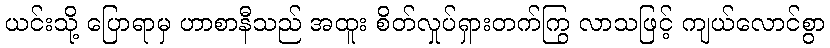
ယင်းသို့ ပြောရာမှ ဟာစာနီသည် အထူး စိတ်လှုပ်ရှားတက်ကြွ လာသဖြင့် ကျယ်လောင်စွာ